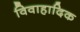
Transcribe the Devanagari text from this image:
विवाहादिक